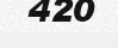
420